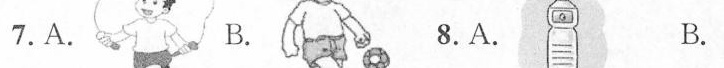
7. A. B. 8. A. B.